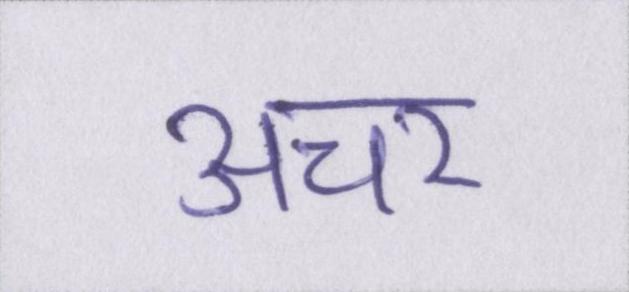
अचर